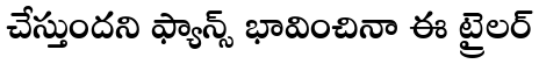
చేస్తుందని ఫ్యాన్స్ భావించినా ఈ ట్రైలర్